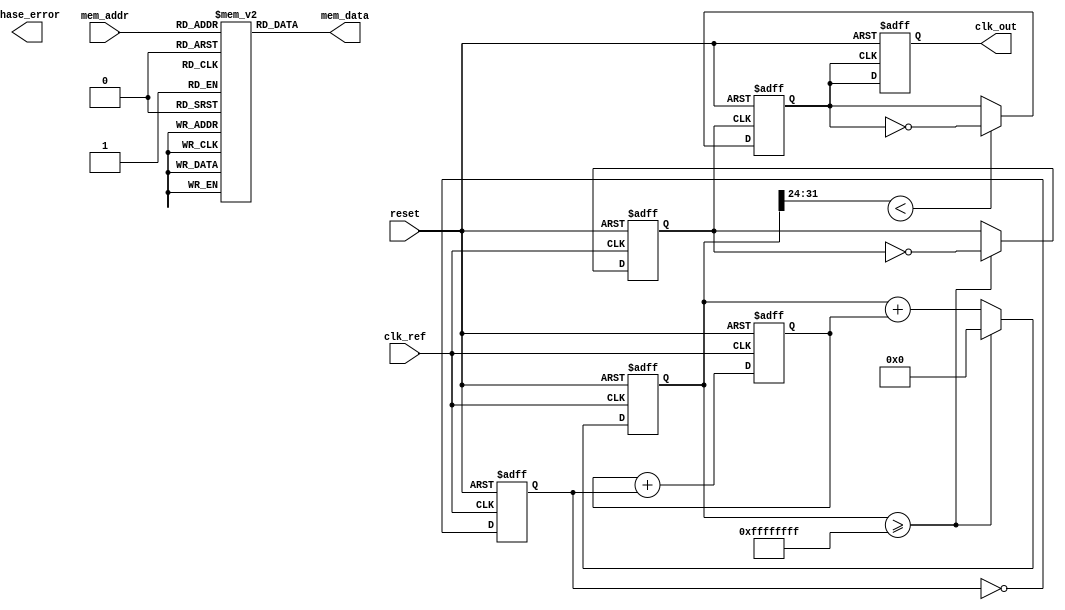
module frac_n_pll (
    input wire clk_ref,       // Reference clock
    input wire reset,         // Reset signal
    output wire clk_out,      // Output clock
    output wire phase_error,  // Phase error signal
    input wire [7:0] mem_addr, // Memory address for coefficients
    output wire [15:0] mem_data // Memory data output
);

// Phase Detector
reg phase_detected;
wire phase_error_signal;

always @(posedge clk_ref or posedge reset) begin
    if (reset) begin
        phase_detected <= 1'b0;
    end else begin
        // Simplified phase detection logic
        phase_detected <= ~phase_detected; // Toggle for example
    end
end

assign phase_error_signal = phase_detected;

// Loop Filter
reg [15:0] loop_filter_output;

always @(posedge clk_ref or posedge reset) begin
    if (reset) begin
        loop_filter_output <= 16'b0;
    end else begin
        loop_filter_output <= loop_filter_output + phase_error_signal; // Simple integration
    end
end

// Voltage-Controlled Oscillator (VCO)
reg [31:0] vco_counter;
reg clk_vco;

always @(posedge clk_ref or posedge reset) begin
    if (reset) begin
        vco_counter <= 32'b0;
        clk_vco <= 1'b0;
    end else begin
        vco_counter <= vco_counter + loop_filter_output; // Control frequency
        if (vco_counter >= 32'hFFFFFFFF) begin
            vco_counter <= 32'b0;
            clk_vco <= ~clk_vco; // Toggle VCO clock
        end
    end
end

// Fractional Divider
reg [7:0] fractional_divider;
reg clk_frac;

always @(posedge clk_vco or posedge reset) begin
    if (reset) begin
        clk_frac <= 1'b0;
    end else begin
        // Simple fractional division logic
        if (vco_counter[31:24] < fractional_divider) begin
            clk_frac <= ~clk_frac;
        end
    end
end

// Integer Divider
reg [7:0] integer_divider;
reg clk_int;

always @(posedge clk_frac or posedge reset) begin
    if (reset) begin
        clk_int <= 1'b0;
    end else begin
        // Simple integer division logic
        clk_int <= clk_frac; // Pass-through for simplification
    end
end

// Output Buffer
assign clk_out = clk_int;

// Memory Block
reg [15:0] memory [0:255]; // Example memory block

// Memory Read Logic
assign mem_data = memory[mem_addr];

// Initialization Logic (example)
initial begin
    // Load some values into the memory for coefficients
    memory[0] = 16'd10; // Example coefficient
    memory[1] = 16'd20; // Example coefficient
    // ... (More initializations)
end

endmodule